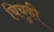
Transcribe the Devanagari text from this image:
चिचुकी